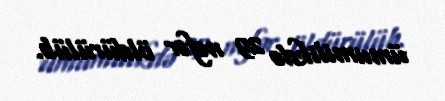
ümumilikdə 29 nəfər öldürülüb.